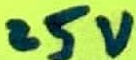
Text: 25V